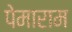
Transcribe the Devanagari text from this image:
पेमाराम